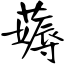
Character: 薅